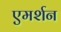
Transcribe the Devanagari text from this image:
एमर्शन